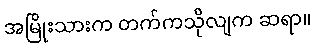
အမြိုးသားက တက်ကသိုလျက ဆရာ။